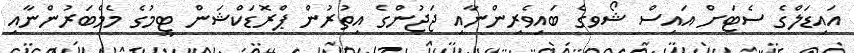
އައިޑަލްގެ ސެޓަށް އައިސް ޝޯވގެ ބައިވެރިންނާއި ޖަޖުންގެ އިތުރުން ޕްރޮޑަކްޝަން ޓީމުގެ މެމްބަރުންނާއި